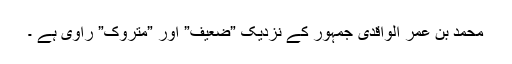
محمد بن عمر الواقدی جمہور کے نزدیک ”ضعیف” اور ”متروک” راوی ہے ۔